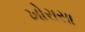
ખોરાસા